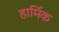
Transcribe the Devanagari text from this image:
हार्मिक